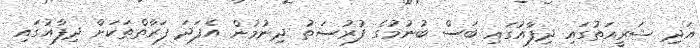
އަދި ޝަރީއަތުގައި ދިފާއުގައި ބަސް ބުނުމުގެ ފުރުސަތު ދިނުމުން އެފަދަ ފަރާތްތަކަށް ދިފާއުގައި